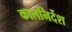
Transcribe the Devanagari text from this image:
कालनिर्देश